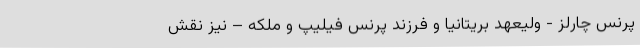
پرنس چارلز - ولیعهد بریتانیا و فرزند پرنس فیلیپ و ملکه – نیز نقش